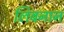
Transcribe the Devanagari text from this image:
लिबनान